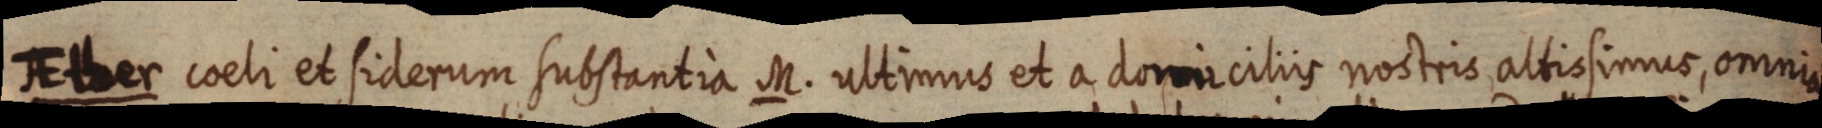
AElter coeli et siderum substantia M. ultimus et a domiciliis nostris altissimus, omnia